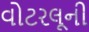
વોટરલૂની